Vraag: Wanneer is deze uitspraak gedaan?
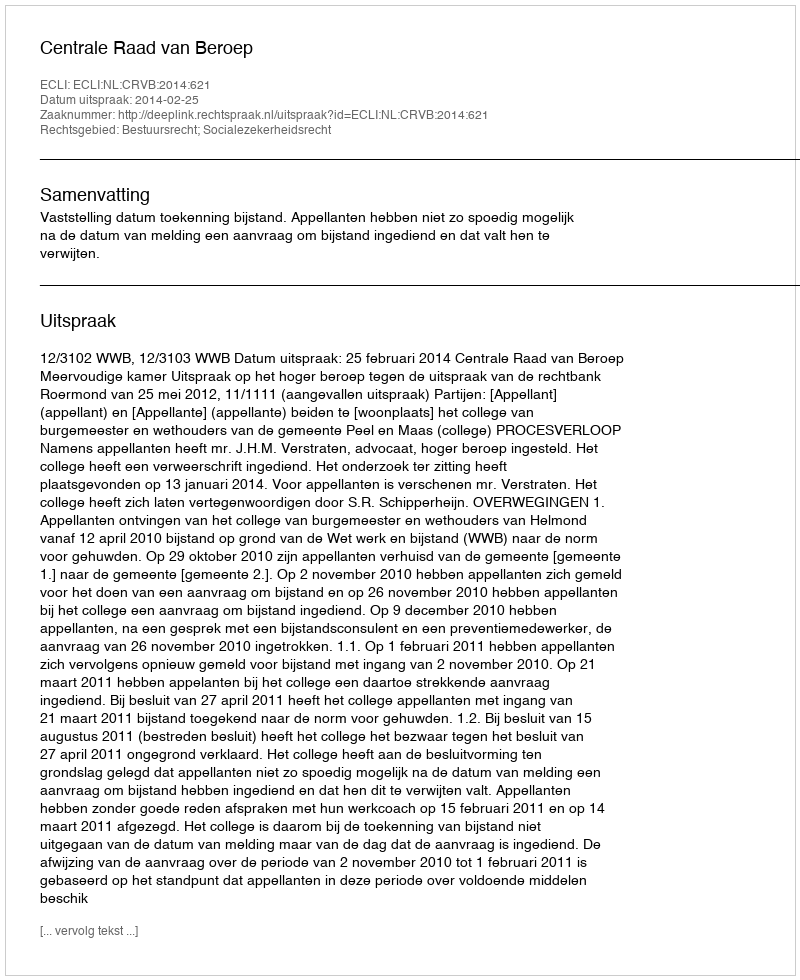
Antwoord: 2014-02-25